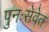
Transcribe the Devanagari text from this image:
पुनःसेवेत